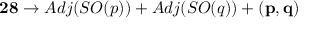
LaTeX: { \bf 2 8 } \rightarrow A d j ( S O ( p ) ) + A d j ( S O ( q ) ) + { \bf ( p , q ) }